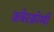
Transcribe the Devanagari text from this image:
अबेरक्रोम्बी